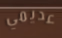
عديمي